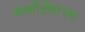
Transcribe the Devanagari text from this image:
बार्बाडोसच्या